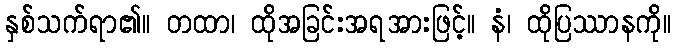
နှစ်သက်ရာ၏။ တထာ၊ ထိုအခြင်းအရအားဖြင့်။ နံ၊ ထိုပြဿာနကို။